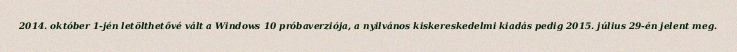
2014. október 1-jén letölthetővé vált a Windows 10 próbaverziója, a nyilvános kiskereskedelmi kiadás pedig 2015. július 29-én jelent meg.